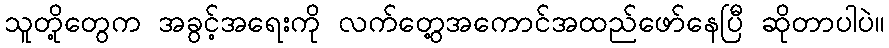
သူတို့တွေက အခွင့်အရေးကို လက်တွေ့အကောင်အထည်ဖော်နေပြီ ဆိုတာပါပဲ။